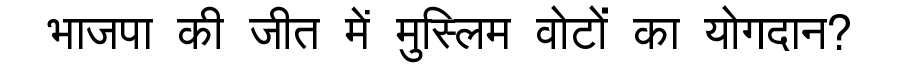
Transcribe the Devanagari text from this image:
भाजपा की जीत में मुस्लिम वोटों का योगदान?